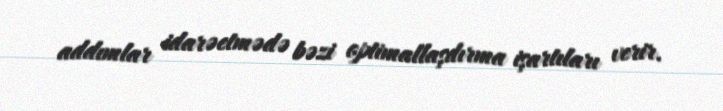
addımlar idarəetmədə bəzi optimallaşdırma işartıları verir.